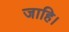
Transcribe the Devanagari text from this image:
जाहि।